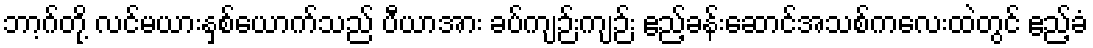
ဘာ့ဂ်တို့ လင်မယားနှစ်ယောက်သည် ပီယာအား ခပ်ကျဉ်းကျဉ်း ဧည့်ခန်းဆောင်အသစ်ကလေးထဲတွင် ဧည့်ခံ